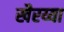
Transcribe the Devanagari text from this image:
खैरय्या